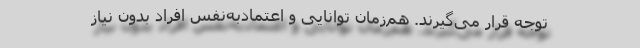
توجه قرار می‌گیرند. هم‌زمان توانایی و اعتماد‌به‌نفس افراد بدون نیاز